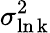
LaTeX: \sigma_{\mathrm{\ln k}}^{2}